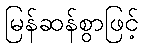
မြန်ဆန်စွာဖြင့်